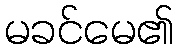
မခင်မေ၏